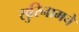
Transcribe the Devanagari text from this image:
सुरिनामचे